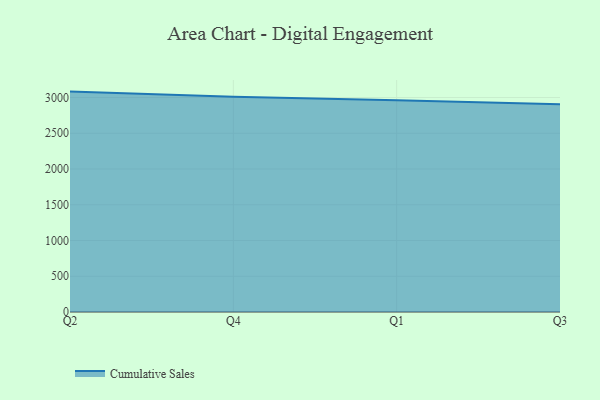
{"axis": {"x": "Quarter", "y": "LTV (USD)"}, "legend": ["Cumulative Sales"], "data": [{"x": "Q2", "y": 3082.4, "type": "Cumulative Sales"}, {"x": "Q4", "y": 3010.3, "type": "Cumulative Sales"}, {"x": "Q1", "y": 2959.9, "type": "Cumulative Sales"}, {"x": "Q3", "y": 2906.1, "type": "Cumulative Sales"}]}